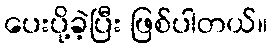
ပေးပို့ခဲ့ပြီး ဖြစ်ပါတယ်။